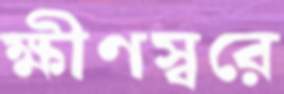
ক্ষীণস্বরে